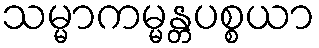
သမ္မာကမ္မန္တပစ္စယာ